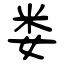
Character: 娄